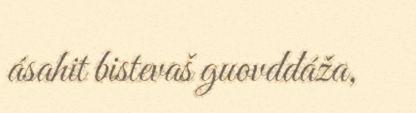
ásahit bistevaš guovddáža,